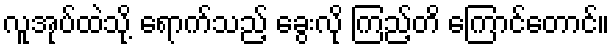
လူအုပ်ထဲသို့ ရောက်သည့် ခွေးလို ကြည့်တိ ကြောင်တောင်။